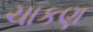
ચાકણ